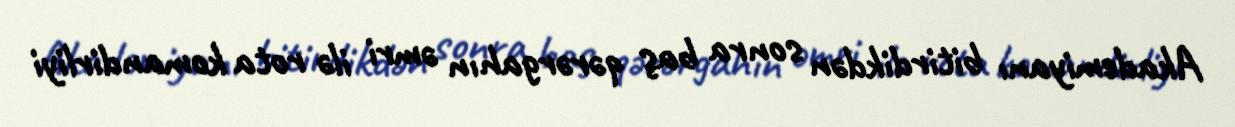
Akademiyanı bitirdikdən sonra baş qərərgahın əmri ilə rota komandirliyi